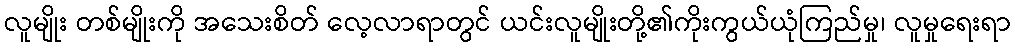
လူမျိုး တစ်မျိုးကို အသေးစိတ် လေ့လာရာတွင် ယင်းလူမျိုးတို့၏ကိုးကွယ်ယုံကြည်မှု၊ လူမှုရေးရာ